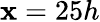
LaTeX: \mathbf{x}=25h